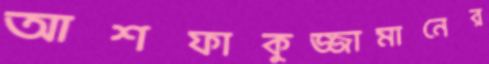
আশফাকুজ্জামানের